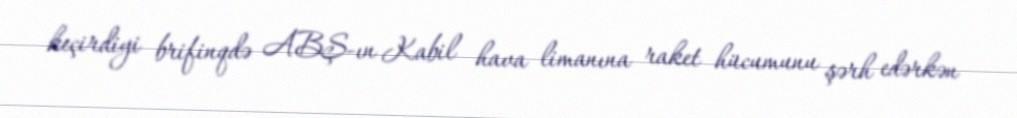
keçirdiyi brifinqdə ABŞ-ın Kabil hava limanına raket hücumunu şərh edərkən